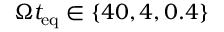
\Omega t _ { \mathrm { e q } } \in \{ 4 0 , 4 , 0 . 4 \}